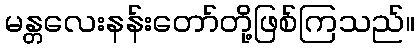
မန္တလေးနန်းတော်တို့ဖြစ်ကြသည်။